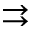
\rightrightarrows